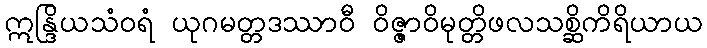
ဣန္ဒြိယသံဝရံ ယုဂမတ္တဒဿာဝီ ဝိဇ္ဇာဝိမုတ္တိဖလသစ္ဆိကိရိယာယ